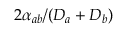
2 \alpha _ { a b } / ( D _ { a } + D _ { b } )